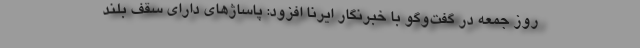
روز جمعه در گفت‌وگو با خبرنگار ایرنا افزود: پاساژهای دارای سقف بلند